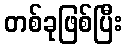
တစ်ခုဖြစ်ပြီး